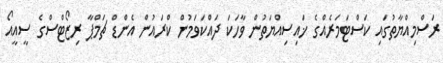
ރަސްމިއްޔާތުގައި ކަސްޓަމަރެއްގެ ޚައިސިއްޔަތުން ވާހަކަ ދައްކަވަމުން ކްރައުން އެންޑް ޗަމްޕާ ރިޒޯޓްސްގެ ސީއީއޯ